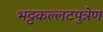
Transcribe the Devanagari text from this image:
भट्टकल्लटपुत्रेण